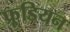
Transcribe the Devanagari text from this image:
फ्रूडियन